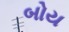
બોય